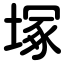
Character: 塚